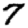
Digit: 7